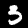
Label: 3